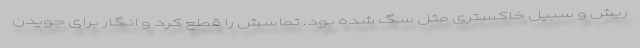
ریش و سبیل خاکستری مثل سگ شده بود. تماسش را قطع کرد و انگار برای جویدن